Notes on vaccination in the North-West Frontier Province 1923-1928 - 1923-1928
Year: 1923
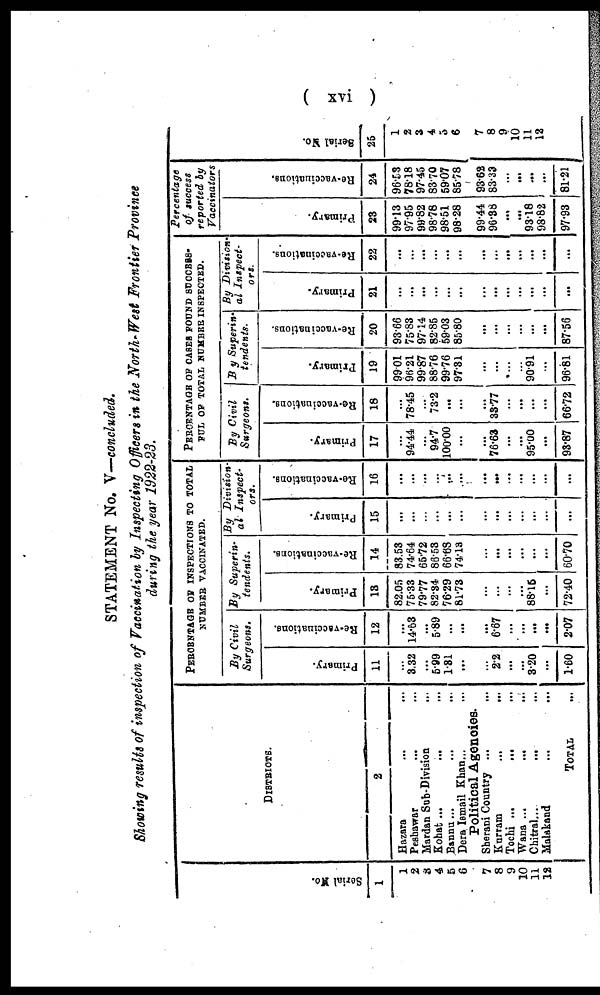
( xvi )
STATEMENT No. V.—concluded.
Showing results of inspection of Vaccination by Inspecting Officers in the North-West Frontier Province
during the year 1922-23.
Serial No.
1
1
2
3
4
5
6
7
8
9
10
11
12
DISTRICTS.
2
Hazara ... ...
Peshawar ... ...
Mardan Sub-Division ...
Kohat ... ... ...
Bannu ...
...
...
Dera Ismail Khan ... ...
Political Agencies.
Sherani Country ... ...
Kurram
...
...
Tochi ... ... ...
Wana ... ... ...
Chitral ... ... ...
Malakand ... ...
TOTAL ...
PERCENTAGE OF INSPECTIONS TO TOTAL
NUMBER VACCINATED.
By Civil
Surgeons.
Primary.
11
...
3.32
...
5.99
1.31
...
...
2.2
...
...
3.20
...
1.60
Re-vaccinations.
12
...
14.53
...
5.89
...
...
...
6.67
...
...
...
...
2.07
By Superin-
tendents.
Primary.
13
82.05
75.33
79.77
82.34
76.29
81.73
...
...
...
...
88.15
...
72.40
Re-vaccinations.
14
83.53
74.64
65.72
86.53
66.68
74.13
...
...
...
...
...
...
60.70
By Division-
al Inspect¬
ors.
Primary.
15
...
...
...
...
...
...
...
...
...
...
...
...
...
Re-vaccinations.
16
...
...
...
...
...
...
...
...
...
...
...
...
...
PERCENTAGE OF CASES FOUND SUCCESS¬
FUL OF TOTAL NUMBER INSPECTED.
By Civil
Surgeons.
Primary.
17
...
94.44
...
94.7
100.00
...
...
76.63
...
...
95.00
...
93.87
Re-vaccinations.
18
...
78.45
...
73.2
...
...
...
33.77
...
...
...
...
66.72
By Superin-
tendents.
Primary.
19
99.01
96.21
99.87
88.76
99.76
97.31
...
...
...
...
90.91
...
96.81
Re-vaccinations.
20
93.66
75.83
97.14
82.85
59.03
85.80
...
...
...
...
...
...
87.56
By Division-
al Inspect-
ors.
Primary.
21
...
...
...
...
...
...
...
...
...
...
...
...
...
Re-vaccinations.
22
...
...
...
...
...
...
...
...
...
...
...
...
...
Percentage
of success
reported by
Vaccinators
Primary.
23
99.13
97.95
99.82
98.78
98.51
98.28
99.44
96.38
...
...
93.18
98.82
97.93
Re-vaccinations.
24
96.53
78.18
97.45
83.70
59.07
85.78
93.63
83.33
...
...
...
...
81.21
Serial No.
25
1
2
3
4
5
6
7
8
9
10
11
12